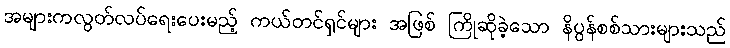
အများကလွတ်လပ်ရေးပေးမည့် ကယ်တင်ရှင်များ အဖြစ် ကြိုဆိုခဲ့သော နိပွန်စစ်သားများသည်